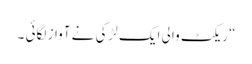
“ ریکٹ والی ایک لڑکی نے آواز لگائی ۔